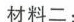
材料二：